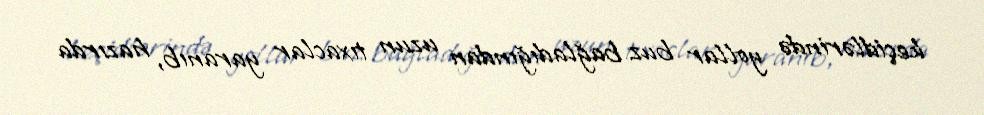
keçidlərində yollar buz bağladığından uzun tıxaclar yaranıb, hazırda